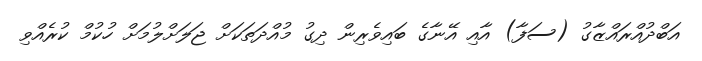
އަބްދުއްރައްޒާގު (ސަފާ) އާއި އޭނާގެ ބައިވެރިން ދިގު މުއްދަތަކަށް ޖަލަށްލުމަށް ހުކުމް ކުރެއްވި